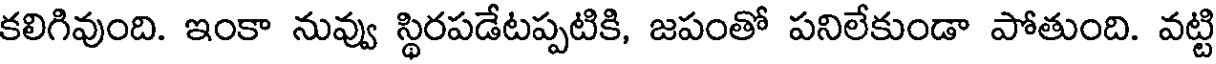
కలిగివుంది. ఇంకా నువ్వు స్థిరపడేటప్పటికి, జపంతో పనిలేకుండా పోతుంది. వట్టి